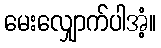
မေးလျှောက်ပါအံ့။